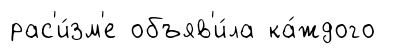
рас'и́зм'е объяв'и́ла ка́ждого